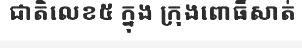
ជាតិលេខ៥ ក្នុង ក្រុងពោធិ៍សាត់